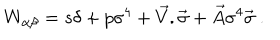
LaTeX: W _ { \alpha \beta } = s \delta + p \sigma ^ { 4 } + { \vec { V } } . { \vec { \sigma } } + { \vec { A } } \sigma ^ { 4 } { \vec { \sigma } } \ .